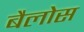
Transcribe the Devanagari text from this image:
बैलोस